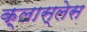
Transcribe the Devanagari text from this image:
क्लास्लेस